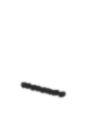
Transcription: –